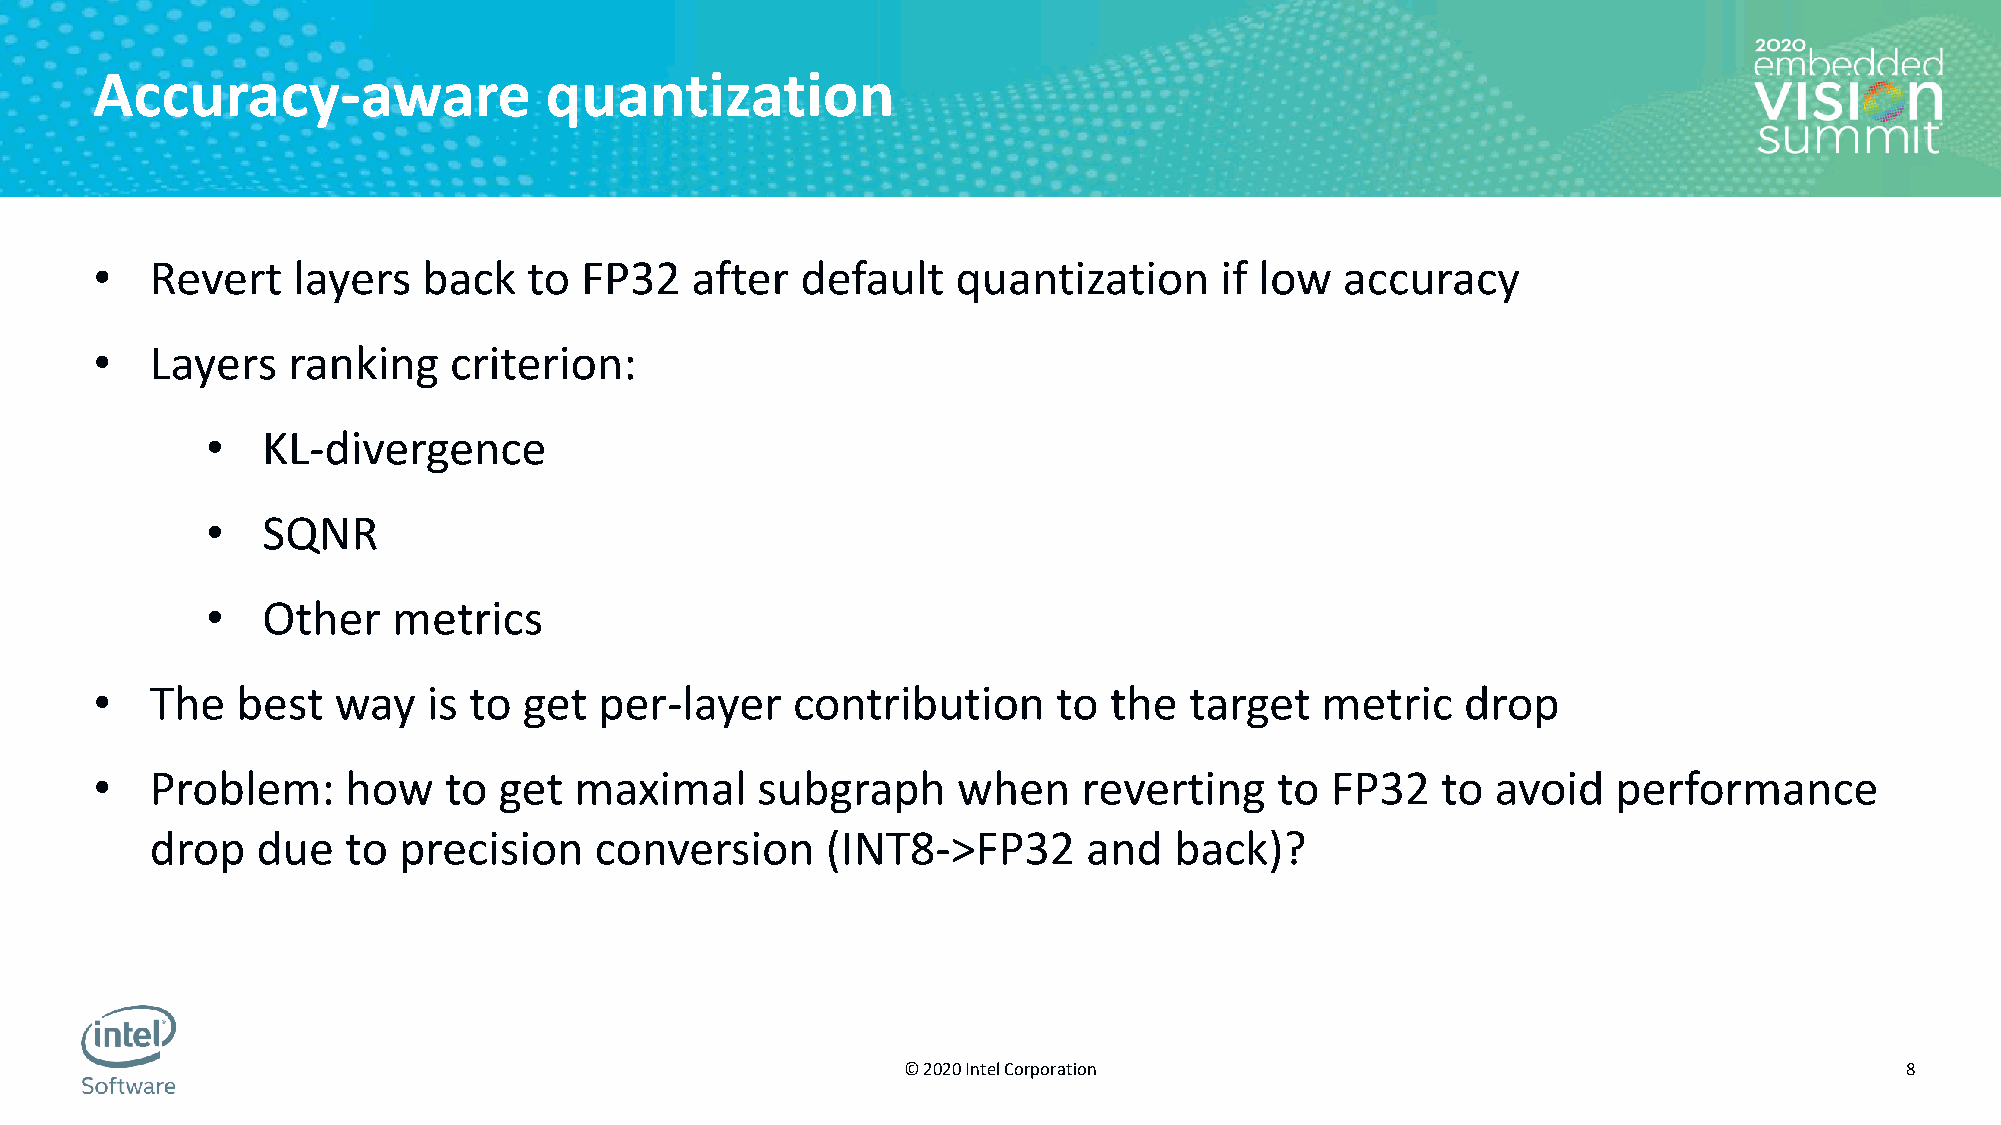
Accuracy-aware                quantization
 •   Revert   layers   back   to FP32    after  default   quantization      if low  accuracy
 •   Layers   ranking    criterion:
 •  KL-divergence
 •  SQNR
 •  Other    metrics
 •   The   best  way   is to  get  per-layer   contribution      to the   target  metric    drop
 •   Problem:     how   to  get  maximal     subgraph     when     reverting    to FP32   to  avoid   performance
 drop   due   to precision    conversion      (INT8->FP32      and   back)?
 © 2020 Intel Corporation                                          8